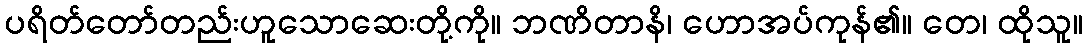
ပရိတ်တော်တည်းဟူသောဆေးတို့ကို။ ဘဏိတာနိ၊ ဟောအပ်ကုန်၏။ တေ၊ ထိုသူ။